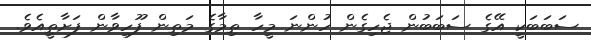
ސަބަބަކީ އޭގެ ސަބަބުން ޖެހިގެން ހުންނަ މީހާ ތިމާގެ މަތިން ފޫހިވާން ފަށާތީއެވެ.